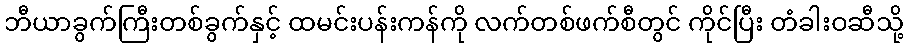
ဘီယာခွက်ကြီးတစ်ခွက်နှင့် ထမင်းပန်းကန်ကို လက်တစ်ဖက်စီတွင် ကိုင်ပြီး တံခါးဝဆီသို့